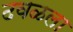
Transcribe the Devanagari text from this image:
ढवळला